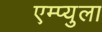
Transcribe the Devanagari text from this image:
एम्प्युला